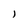
Character: J